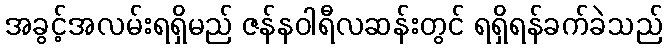
အခွင့်အလမ်းရရှိမည် ဇန်နဝါရီလဆန်းတွင် ရရှိရန်ခက်ခဲသည်